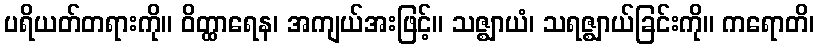
ပရိယတ်တရားကို။ ဝိတ္ထာရေန၊ အကျယ်အးဖြင့်။ သဇ္ဈာယံ၊ သရဇ္ဈာယ်ခြင်းကို။ ကရောတိ၊